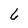
Character: 6